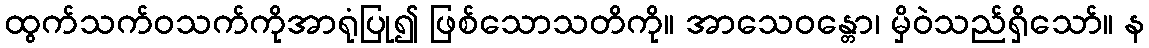
ထွက်သက်ဝသက်ကိုအာရုံပြု၍ ဖြစ်သောသတိကို။ အာသေဝန္တော၊ မှိဝဲသည်ရှိသော်။ န